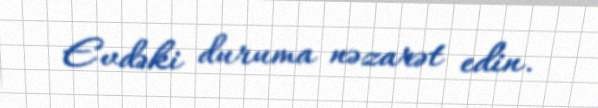
Evdəki duruma nəzarət edin.